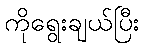
ကိုရွေးချယ်ပြီး